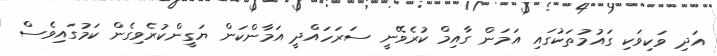
އަދި ވަކިވަކި ގައުމުތަކުގައި އަމަން ގާއިމް ކުރެވޭނީ ސަރަހައްދީ އަމާންކަން ޔަގީންކުރެވިގެން ކަމުގައިވެސް